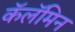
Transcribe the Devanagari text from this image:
कॅलॅमिन